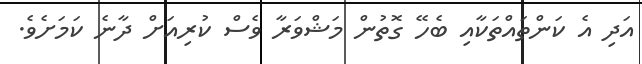
އަދި އެ ކަންތައްތަކާއި ބެހޭ ގޮތުން މަޝްވަރާ ވެސް ކުރިއަށް ދާނެ ކަމަށެވެ.